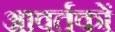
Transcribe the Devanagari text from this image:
आवर्तकों